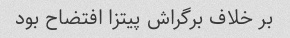
بر خلاف برگراش پیتزا افتضاح بود